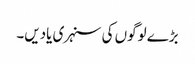
بڑے لوگوں کی سنہری یادیں۔